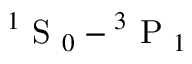
\ensuremath { { ^ 1 \mathrm { ~ S ~ } _ { 0 } } } - \ensuremath { { ^ 3 \mathrm { ~ P ~ } _ { 1 } } }